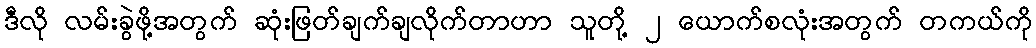
ဒီလို လမ်းခွဲဖို့အတွက် ဆုံးဖြတ်ချက်ချလိုက်တာဟာ သူတို့ ၂ ယောက်စလုံးအတွက် တကယ်ကို